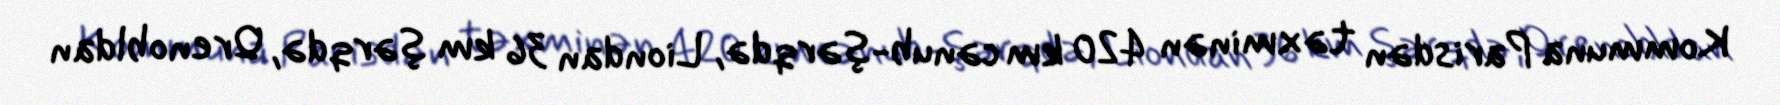
Kommuna Parisdən təxminən 420 km cənub-şərqdə, Liondan 36 km şərqdə, Qrenobldan